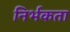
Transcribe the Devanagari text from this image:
निर्भकता